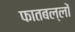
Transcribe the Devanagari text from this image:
फातबल्लों